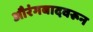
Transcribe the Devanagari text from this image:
औरंगबादवरून